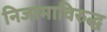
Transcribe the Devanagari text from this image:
निजामाविरुद्ध